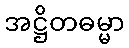
အဋ္ဌိတဓမ္မာ